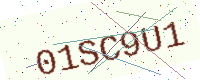
Text: 01SC9U1